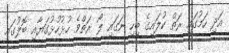
އަދި ހަމުގައި ރަތް ކުލައިގެ ބިހި ނަގައި ލޯ ރަތްވެ ހުޅުހުޅުގަޔާއި ބޮލުގައި